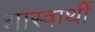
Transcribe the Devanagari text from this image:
शास्त्रार्थी